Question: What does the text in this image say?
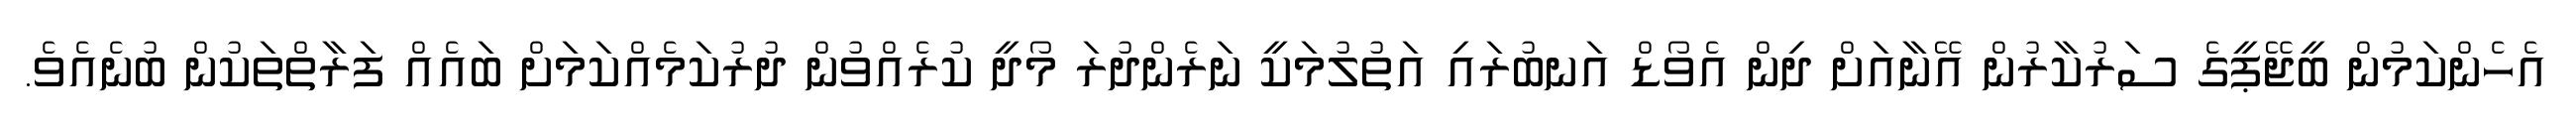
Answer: އެހެންކަމުން ބީޖޭޕީގެ ސަރުކާރުން އޭނާއަށް ދިން އެވޯޑް އަނބުރައި އަތުލުމަކީ ނަރެންދުރަ މޯދީ ކުރެއްވުން ދުރުކަމެއްކަމަށް ބައެއް ފަރާތްތަކުން ބުނެއެވެ.